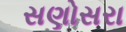
સણોસરા